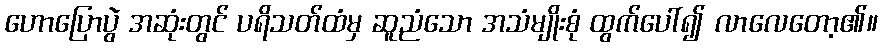
ဟောပြောပွဲ အဆုံးတွင် ပရိသတ်ထံမှ ဆူညံသော အသံမျိုးစုံ ထွက်ပေါ်၍ လာလေတော့၏။